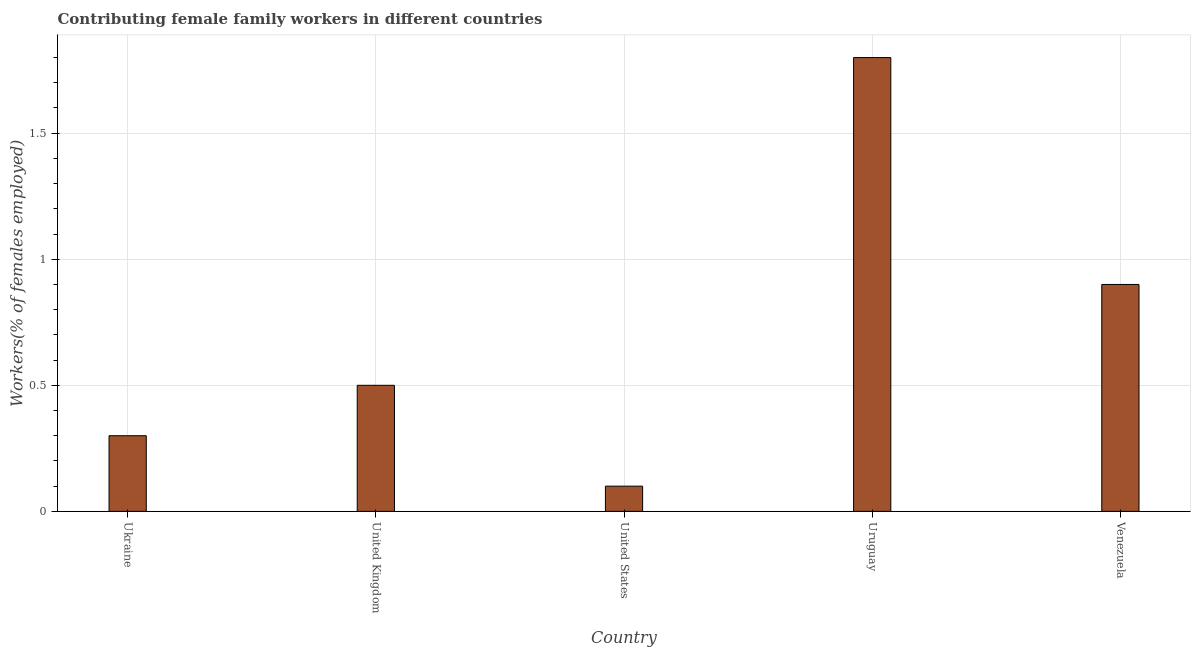
| Country | Contributing family workers |
 | --- | --- |
 | Ukraine | 0.3 |
 | United Kingdom | 0.5 |
 | United States | 0.1 |
 | Uruguay | 1.8 |
 | Venezuela | 0.9 |